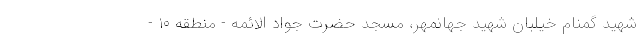
شهید گمنام خیلبان شهید جهانمهر، مسجد حضرت جواد الائمه - منطقه ۱۰ -